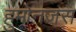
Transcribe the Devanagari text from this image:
हुमोनजस